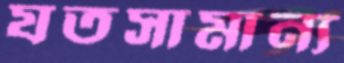
যতসামান্য